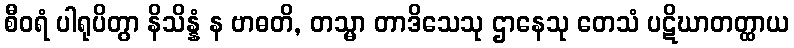
စီဝရံ ပါရုပိတွာ နိသိန္နံ န ဗာဓတိ, တသ္မာ တာဒိသေသု ဌာနေသု တေသံ ပဋိဃာတတ္ထာယ